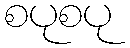
စပုစပု